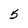
Character: 5